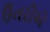
ઉતરીએ